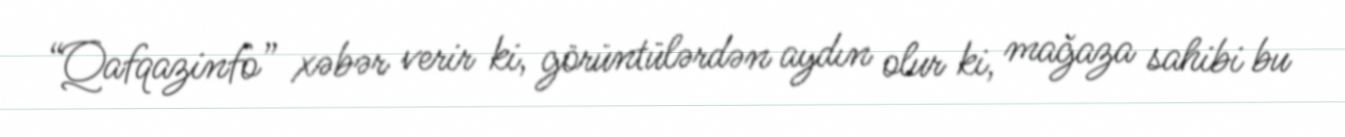
“Qafqazinfo” xəbər verir ki, görüntülərdən aydın olur ki, mağaza sahibi bu